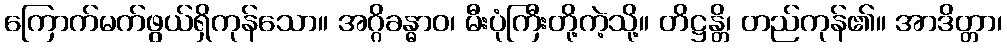
ကြောက်မက်ဖွယ်ရှိကုန်သော။ အဂ္ဂိခန္ဓာဝ၊ မီးပုံကြီးတို့ကဲ့သို့။ တိဋ္ဌန္တိ၊ တည်ကုန်၏။ အာဒိတ္တာ၊